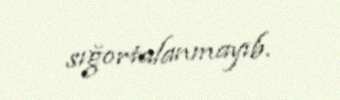
sığortalanmayıb.